Sketch of the medical history of the native army of Bombay, for the year
Year: 1876
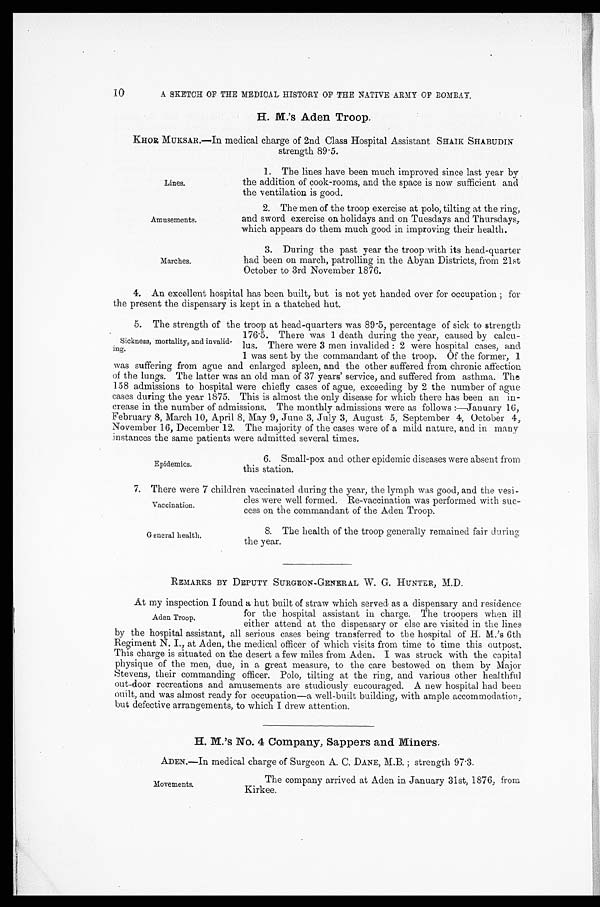
Vaccination.
General health.
10
A SKETCH OF THE MEDICAL . HISTORY OF THE NATIVE ARMY OF BOMBAY.
H. M.'s Aden Troop.
KHOR MUKSAR. —In medical charge of 2nd Class Hospital Assistant SHAIK SHABUDIN
strength 89.5.
1. The lines have been much improved since last year by
the addition of cook-rooms, and the space is now sufficient and
the ventilation is good.
Lines.
Amusements.
Marches.
2. The men of the troop exercise at polo, tilting at the ring,
and sword exercise on holidays and on Tuesdays and Thursdays,
which appears do them much good in improving their health.
3. During the past year the troop with its head-quarter
had been on march, patrolling in the Abyan Districts, from 21st
October to 3rd November 1876.
4. An excellent hospital has been built, but is not yet handed over for occupation ; for
the present the dispensary is kept in a thatched hut.
5. The strength of the troop at bead-quarters was 89-5, percentage of sick to strength
176˙5. There was 1 death during the year, caused by calcu-
lus. There were 3 men invalided : 2 were hospital cases, and
1 was sent by the commandant of the troop. Of the former, 1
was suffering from ague and enlarged spleen, and the other suffered from chronic affection
of the lungs. The latter was an old man of 37 years' service, and suffered from asthma. The
158 admissions to hospital were chiefly cases of ague, exceeding by 2 the number of ague
cases during the year 1875. This is almost the only disease for which there has been an in-
crease in the number of admissions. The monthly admissions were as follows :—January 16,
February 8, March 10, April 8, May 9, June 3, July 3, August 5, September 4, October 4,
November 16, December 12. The majority of the cases were of a mild nature, and in many
instances the same patients were admitted several times.
Sickness, mortality, and invalid-
ing.
Epidemics.
6. Small-pox and other epidemic diseases were absent from
this station.
7. There were 7 children vaccinated during the year, the lymph was good, and the vesi-
des were well formed. Re-vaccination was performed with suc-
cess on the commandant of the Aden Troop.
8. The health of the troop generally remained fair during.
the year.
REMARKS BY DEPUTY SURGEON-GENERAL W. G. HUNTER, M.D.
At my inspection I found a hut built of straw which served as a dispensary and residence.
Aden Troop.
for the hospital assistant in charge. The troopers when ill
either attend at the dispensary or else are visited in the lines,
by the hospital assistant, all serious cases being transferred to the hospital of H. M.'s 6th
Regiment N. I., at Aden, the medical officer of which visits from time to time this outpost.
This charge is situated on the desert a few miles from Aden. I was struck with the capital
physique of the men, due, in a great measure, to the care bestowed on them by Major
Stevens, their commanding officer. Polo, tilting at the ring, and various other healthful
out-door recreations and amusements are studiously encouraged. A new hospital had been.
ouilt, and was almost ready for occupation—a well-built building, with ample accommodation,
but defective arrangements, to which I drew attention.
H. M.'s No. 4 Company, Sappers and Miners.
ADEN.—In medical charge of Surgeon A. C. DANE, M.B. ; strength 97˙3.
Movements.
The company arrived at Aden in January 31st, 1876, from
Kirkee.